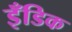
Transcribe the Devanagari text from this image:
इँडिक